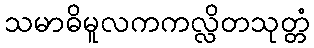
သမာဓိမူလကကလ္လိတသုတ္တံ